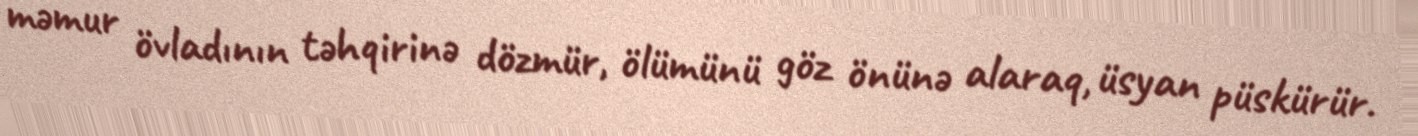
məmur övladının təhqirinə dözmür, ölümünü göz önünə alaraq, üsyan püskürür.